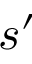
s ^ { \prime }